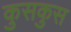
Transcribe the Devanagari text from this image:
कुसकुस